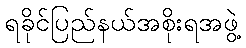
ရခိုင်ပြည်နယ်အစိုးရအဖွဲ့